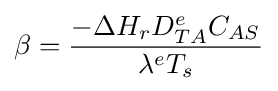
\beta ={\frac {-\Delta H_{r}D_{TA}^{e}C_{AS}}{\lambda ^{e}T_{s}}}